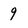
Character: 9